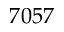
7 0 5 7